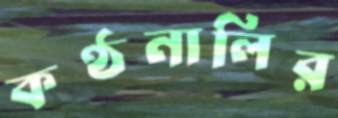
কণ্ঠনালির